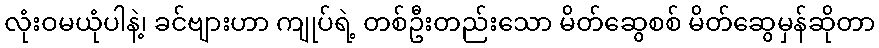
လုံးဝမယုံပါနဲ့၊ ခင်ဗျားဟာ ကျုပ်ရဲ့ တစ်ဦးတည်းသော မိတ်ဆွေစစ် မိတ်ဆွေမှန်ဆိုတာ